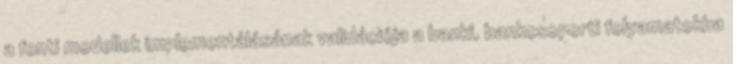
a fenti modellek implementálásának validációja a banki, bankcsoporti folyamatokba